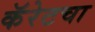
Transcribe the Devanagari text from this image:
कॅरेटचा